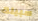
سبيلك